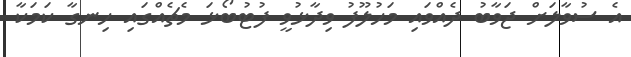
އެ ސުވާލަށް ޖަވާބު ދެއްވައި މަހުލޫފު ވިދާޅުވީ ފުޓުބޯޅަ މެޗެއްގައި ހިނގާ ކަމަކާ